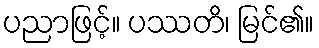
ပညာဖြင့်။ ပဿတိ၊ မြင်၏။